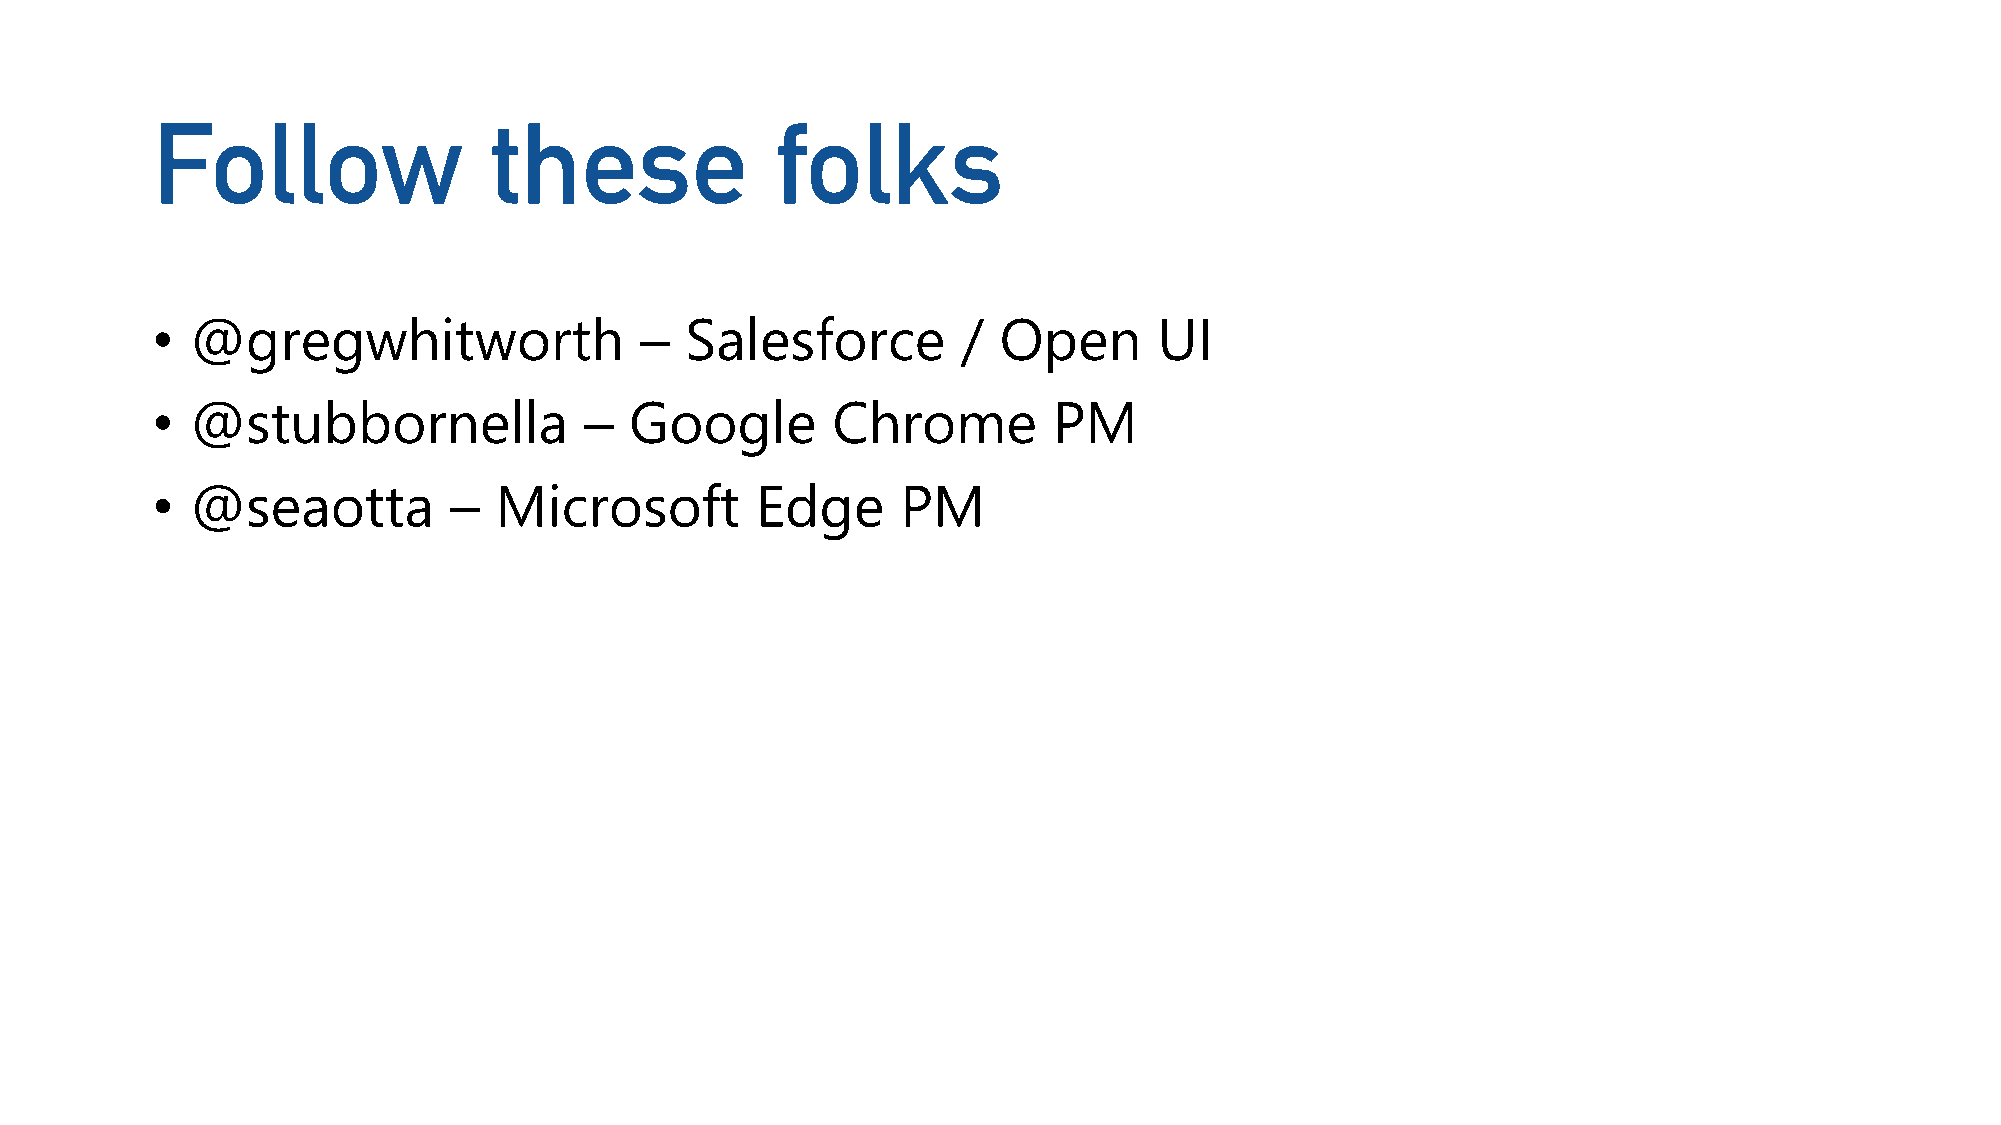
Follow                these              folks
 •  @gregwhitworth               –  Salesforce         / Open       UI
 •  @stubbornella             –  Google       Chrome         PM
 •  @seaotta         –  Microsoft        Edge      PM